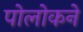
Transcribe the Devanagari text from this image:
पोलोकने